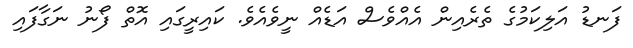
ފަނޑު އަލިކަމުގެ ތެރެއިން އެއްވެސް އަޑެއް ނީވެއެވެ. ކައިރީގައި އޮތް ފޯނު ނަގާފައި